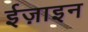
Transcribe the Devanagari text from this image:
ईज़ाइन